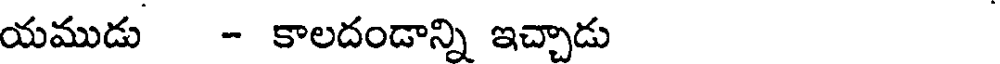
యముడు - కాలదండాన్ని ఇచ్చాడు